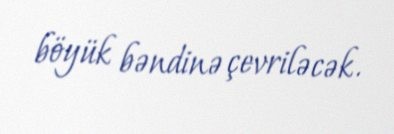
böyük bəndinə çevriləcək.